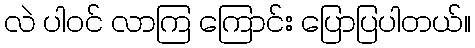
လဲ ပါဝင် လာကြ ကြောင်း ပြောပြပါတယ်။